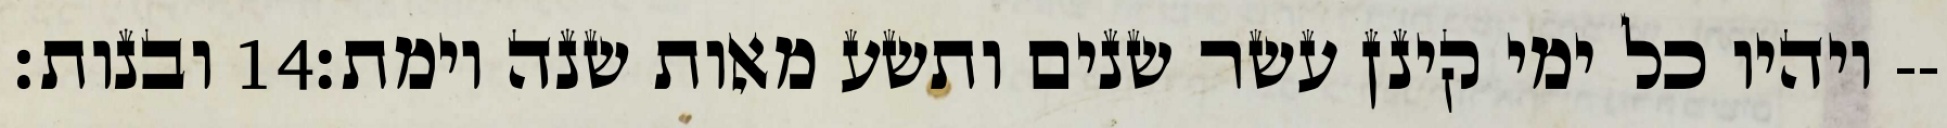
ובנות׃ ‎14‏ ויהיו כל ימי קינן עשר שנים ותשע מאות שנה וימת׃--